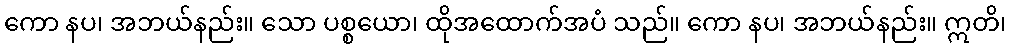
ကော နပ၊ အဘယ်နည်း။ သော ပစ္စယော၊ ထိုအထောက်အပံ သည်။ ကော နပ၊ အဘယ်နည်း။ ဣတိ၊